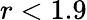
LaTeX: r<1.9